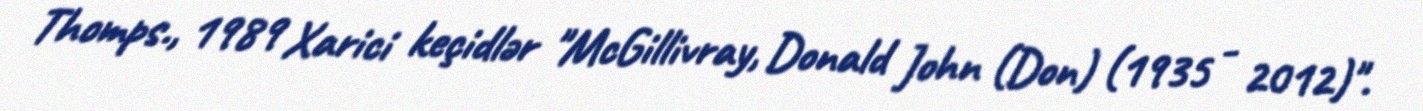
Thomps., 1989 Xarici keçidlər "McGillivray, Donald John (Don) (1935 - 2012)".